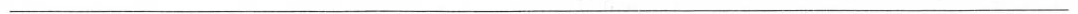
___